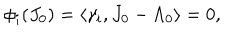
LaTeX: \phi _ { i } ( J _ { 0 } ) = \langle \gamma _ { i } , J _ { 0 } - \Lambda _ { 0 } \rangle = 0 ,